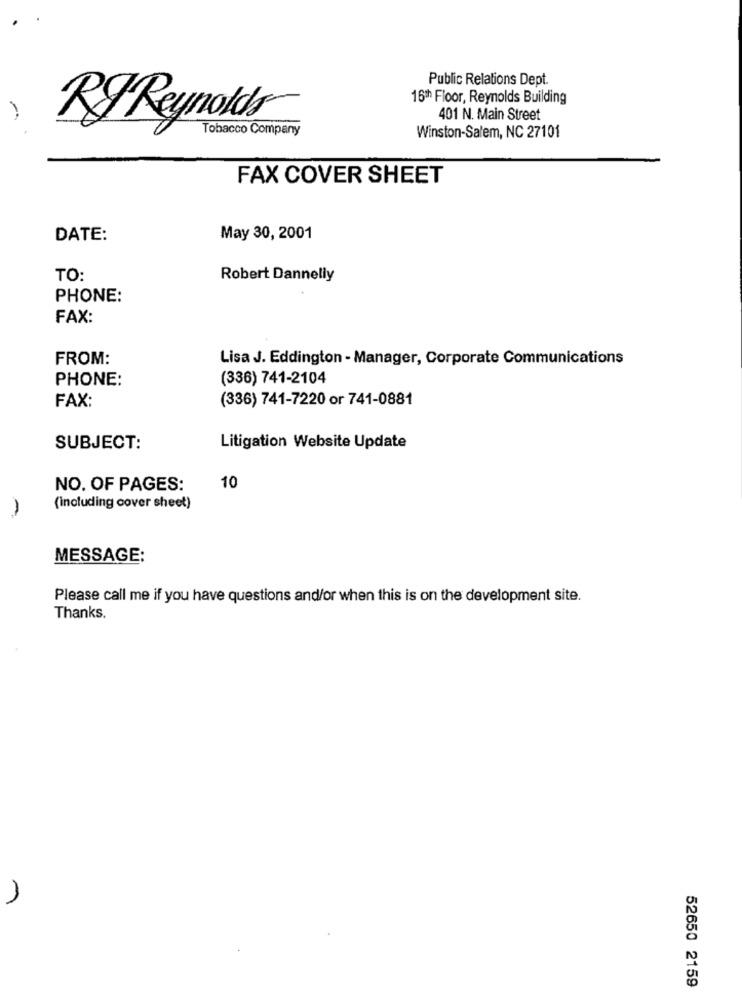
Public Relations Dept.
16th Floor, Reynolds Building
401 N. Main Street
RF Reynolds
Tobacco Company
Winston-Salem, NC 27101
FAX COVER SHEET
DATE:
May 30, 2001
TO:
Robert Dannelly
PHONE:
FAX:
FROM:
Lisa J. Eddington - Manager, Corporate Communications
PHONE:
(336) 741-2104
FAX:
(336) 741-7220 or 741-0881
SUBJECT:
Litigation Website Update
NO. OF PAGES:
10
-
(including cover sheet)
MESSAGE:
Please call me if you have questions and/or when this is on the development site.
Thanks.
52650 2159